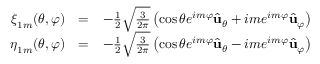
\begin{array} { r l r } { \boldsymbol { \xi } _ { 1 m } ( \theta , \varphi ) } & { = } & { - \frac { 1 } { 2 } \sqrt { \frac { 3 } { 2 \pi } } \left( \cos \theta e ^ { i m \varphi } \hat { { \bf u } } _ { \theta } + i m e ^ { i m \varphi } \hat { { \bf u } } _ { \varphi } \right) } \\ { \boldsymbol { \eta } _ { 1 m } ( \theta , \varphi ) } & { = } & { - \frac { 1 } { 2 } \sqrt { \frac { 3 } { 2 \pi } } \left( \cos \theta e ^ { i m \varphi } \hat { { \bf u } } _ { \theta } - i m e ^ { i m \varphi } \hat { { \bf u } } _ { \varphi } \right) } \end{array}